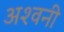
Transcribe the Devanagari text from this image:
अश्‍वनी